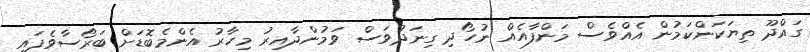
ގައްދޫ ތިޔަކަންކަމުން އެއްވެސް މަންފާއެއް ނުހޯދި ގިނަދުވަސް ވަމުންދާއިރު މިހާރު އެންމެބޮޑަށް ބަރޯސާވެފައި